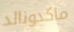
ماكدونالد